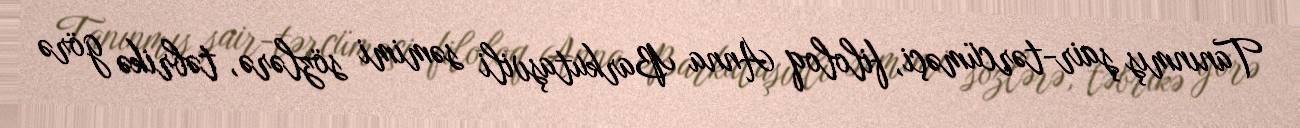
Tanınmış şair-tərcüməçi, filoloq Anna Barkutaşvili səmimi sözlərə, təbrikə görə